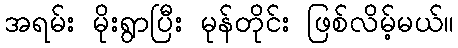
အရမ်း မိုးရွာပြီး မုန်တိုင်း ဖြစ်လိမ့်မယ်။